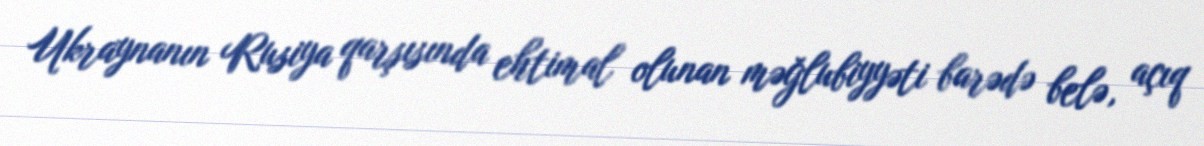
Ukraynanın Rusiya qarşısında ehtimal olunan məğlubiyyəti barədə belə, açıq